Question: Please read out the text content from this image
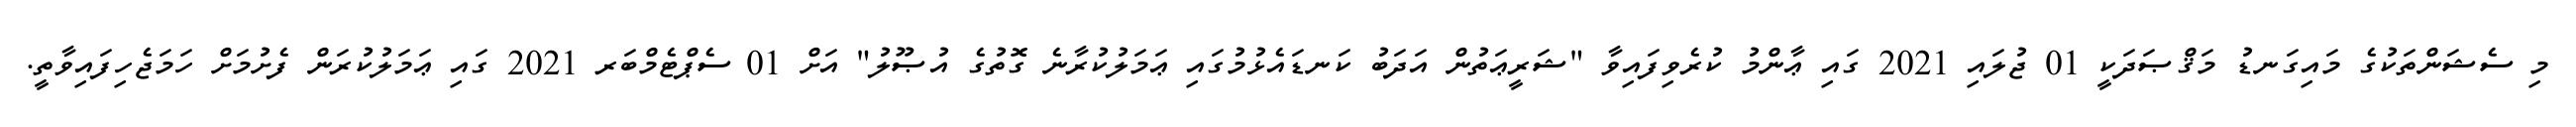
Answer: މި ސެޝަންތަކުގެ މައިގަނޑު މަޤްޞަދަކީ 01 ޖުލައި 2021 ގައި ޢާންމު ކުރެވިފައިވާ "ޝަރީޢަތުން އަދަބު ކަނޑައެޅުމުގައި ޢަމަލުކުރާނެ ގޮތުގެ އުޞޫލު" އަށް 01 ސެޕްޓެމްބަރ 2021 ގައި ޢަމަލުކުރަން ފެށުމަށް ހަމަޖެހިފައިވާތީ.